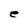
Character: e